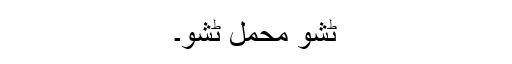
ٹشو محمل ٹشو۔